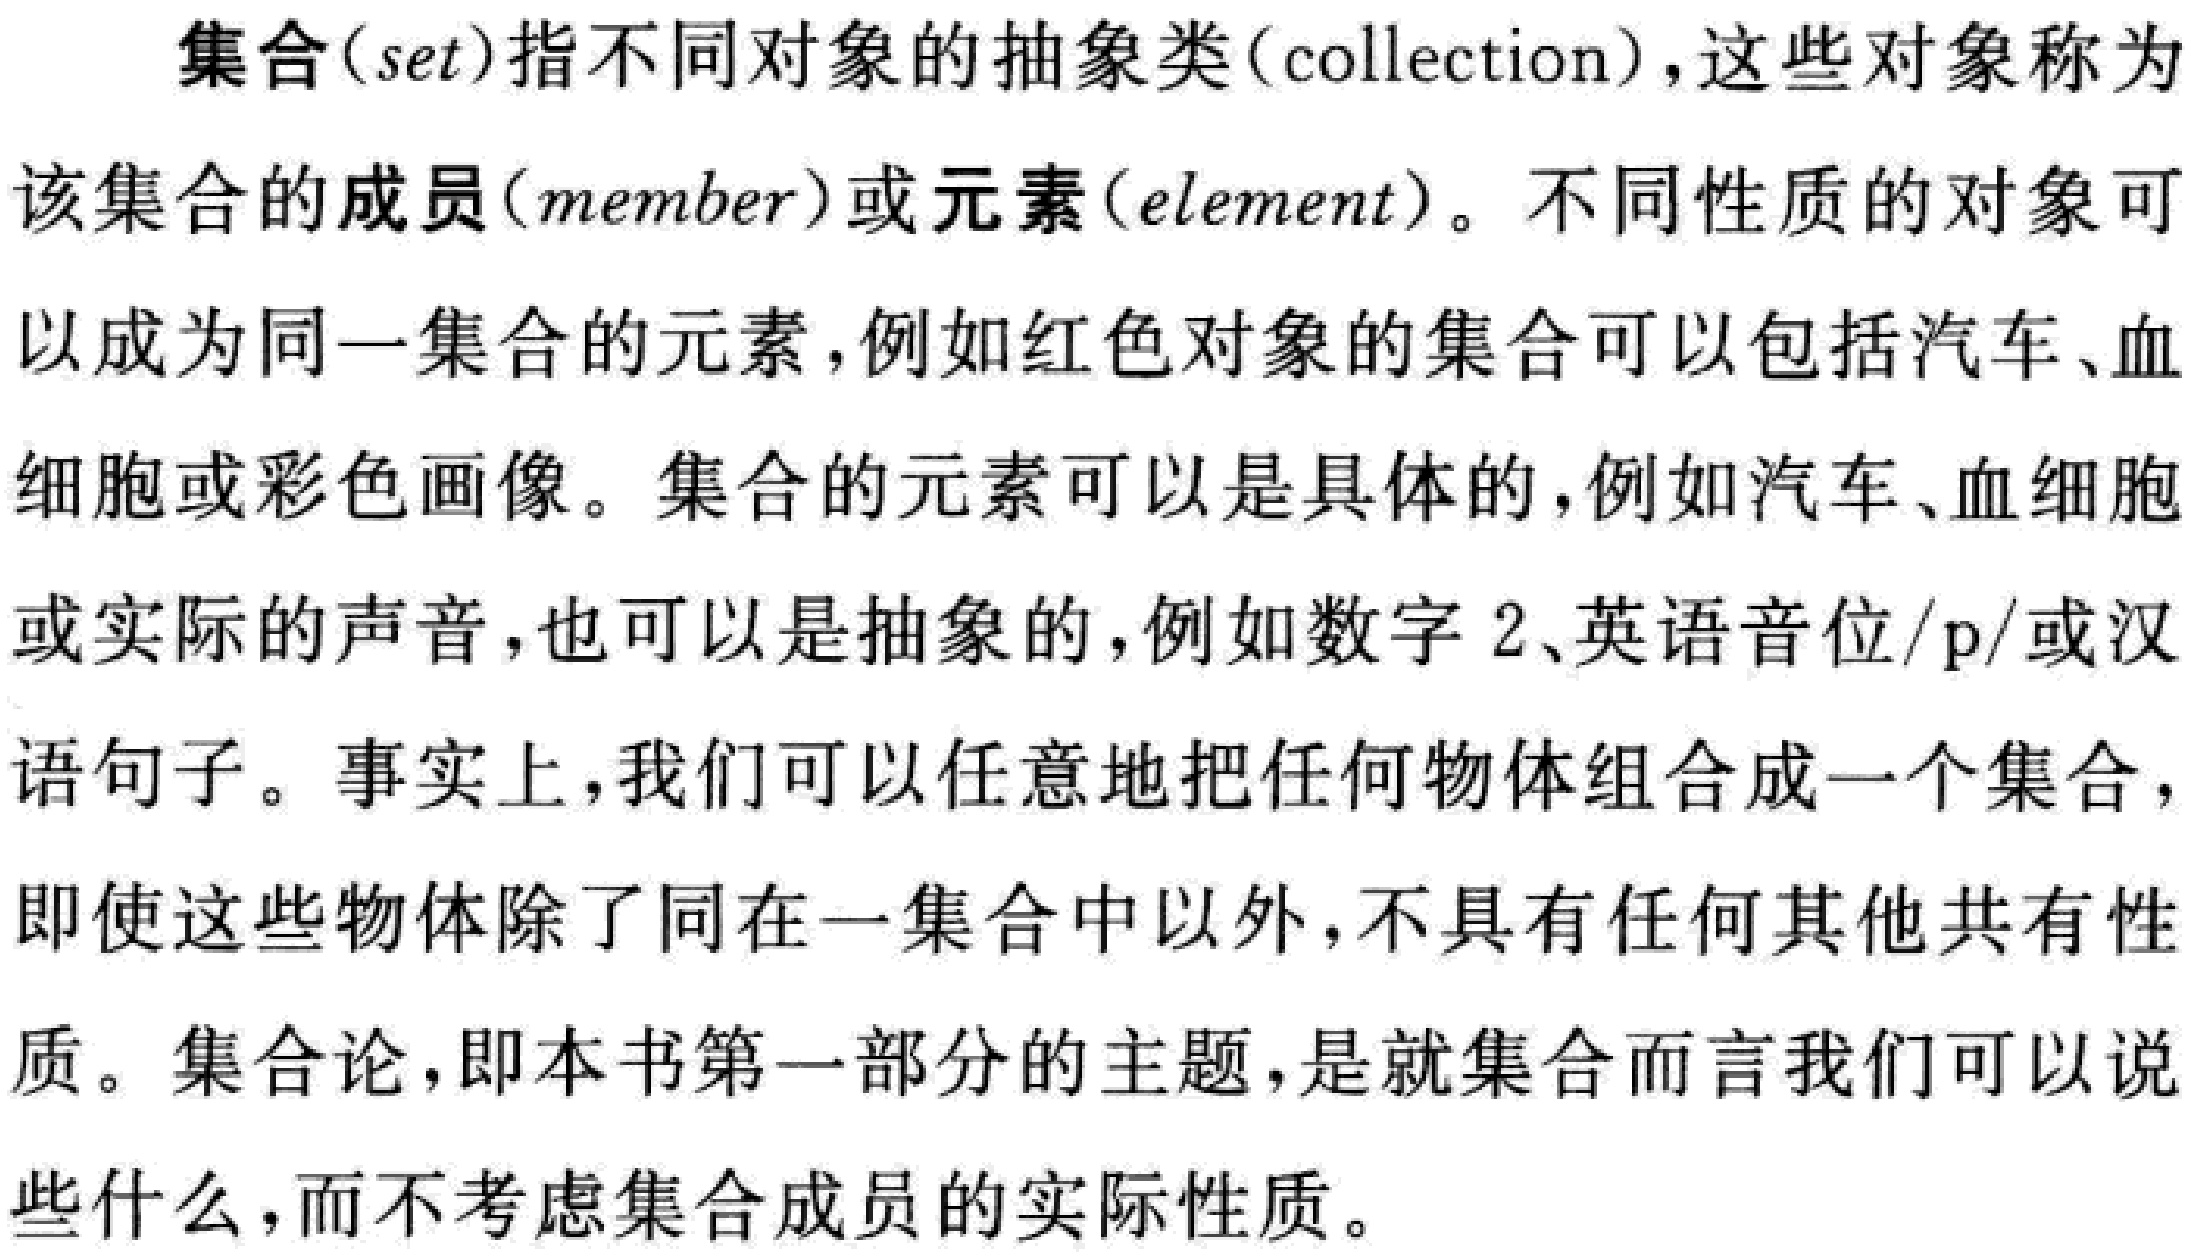
集合(\(set\))指不同对象的抽象类(\(collection\))，这些对象称为该集合的成员(\(member\))或元素(\(element\))。不同性质的对象可以成为同一集合的元素，例如红色对象的集合可以包括汽车、血细胞或彩色画像。集合的元素可以是具体的，例如汽车、血细胞或实际的声音，也可以是抽象的，例如数字 \(2\)、英语音位\(/p/\)或汉语句子。事实上，我们可以任意地把任何物体组合成一个集合，即使这些物体除了同在一集合中以外，不具有任何其他共有性质。集合论，即本书第一部分的主题，是就集合而言我们可以说些什么，而不考虑集合成员的实际性质。